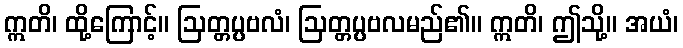
ဣတိ၊ ထို့ကြောင့်။ ဩတ္တပ္ပဗလံ၊ ဩတ္တပ္ပဗလမည်၏။ ဣတိ၊ ဤသို့။ အယံ၊